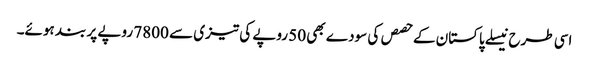
اسی طرح نیسلے پاکستان کے حصص کی سودے بھی 50 روپے کی تیزی سے 7800 روپے پر بند ہوئے۔